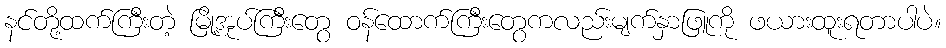
နင်တို့ထက်ကြီးတဲ့ မြို့အုပ်ကြီးတွေ ဝန်ထောက်ကြီးတွေကလည်းမျက်နှာဖြူကို ဖယားထူးရတာပါပဲ။